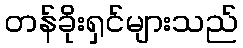
တန်ခိုးရှင်များသည်